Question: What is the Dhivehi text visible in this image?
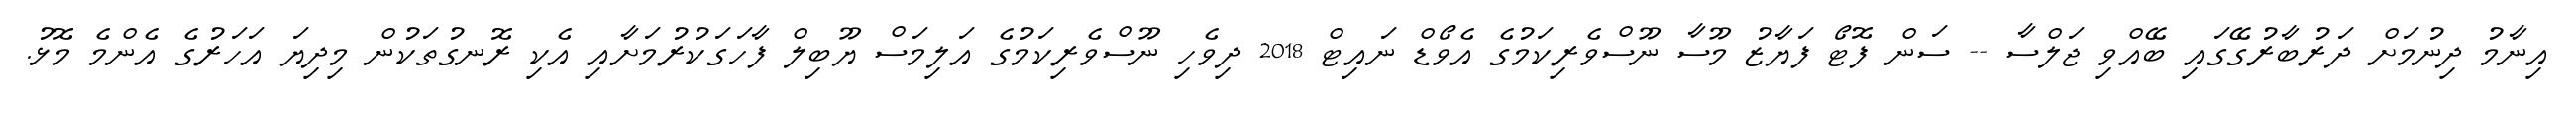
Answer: އިނާމު ދިނުމަށް ދަރުބާރުގޭގައި ބޭއްވި ޖަލްސާ -- ސަން ފޮޓޯ ފަޔާޒު މޫސާ ނޫސްވެރިކަމުގެ އެވޯޑް ނައިޓް 2018 ދިވެހި ނޫސްވެރިކަމުގެ އަލިމަސް ޔޫބިލް ފާހަގަކުރުމަށާއި އެކި ރޮނގުތަކުން މިދިޔަ އަހަރުގެ އެންމެ މޮޅު.